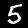
Label: 5